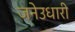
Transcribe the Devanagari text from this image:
जनेउधारी